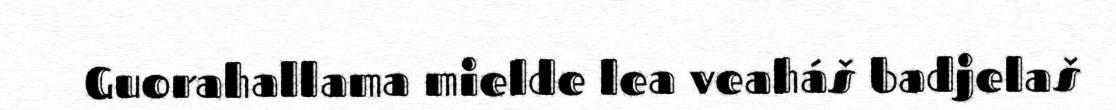
Guorahallama mielde lea veaháš badjelaš